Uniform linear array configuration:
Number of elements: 48
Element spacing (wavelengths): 1
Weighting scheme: exponential
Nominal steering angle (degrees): -15
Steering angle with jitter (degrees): -13.545
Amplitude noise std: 0.05
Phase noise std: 0.05

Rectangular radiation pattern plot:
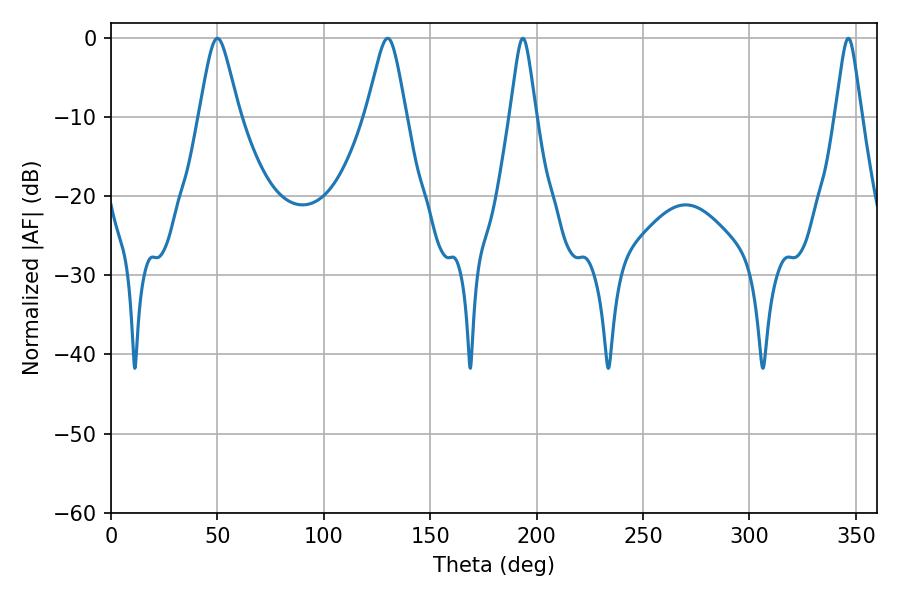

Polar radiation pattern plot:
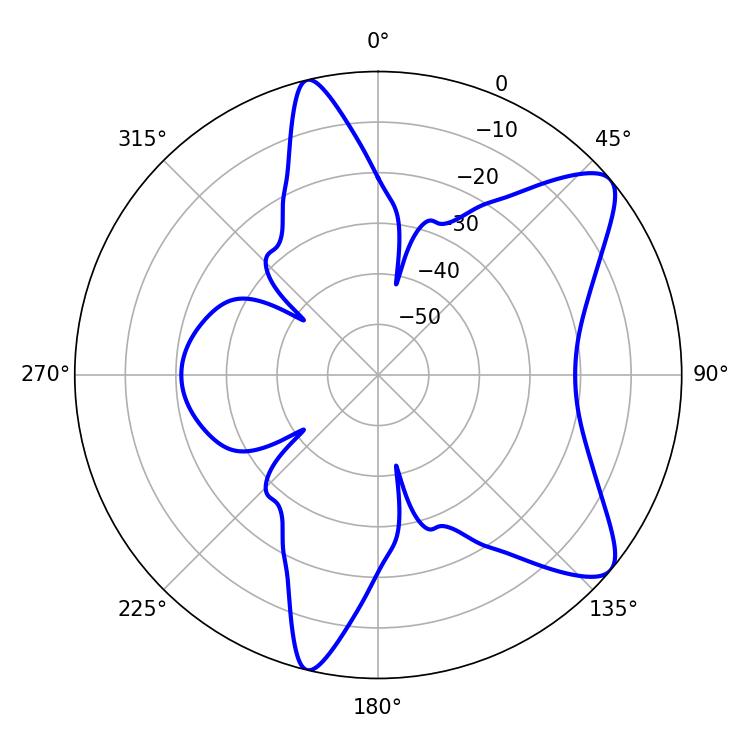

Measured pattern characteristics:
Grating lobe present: TRUE
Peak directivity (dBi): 9.214
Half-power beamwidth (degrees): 9
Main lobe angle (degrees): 50.04